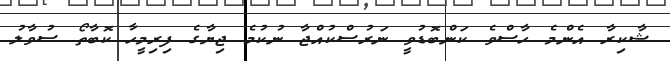
ޝާކިރާ އެންމެ ހާސްވެ ކަންބޮޑުވީ ނަރުސްކުއްޖާ ނުކުމެ ޖިޔާގެ ފިރިމީހާ ކޮބާތޯ ސުވާލު